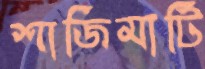
শাজিমাটি